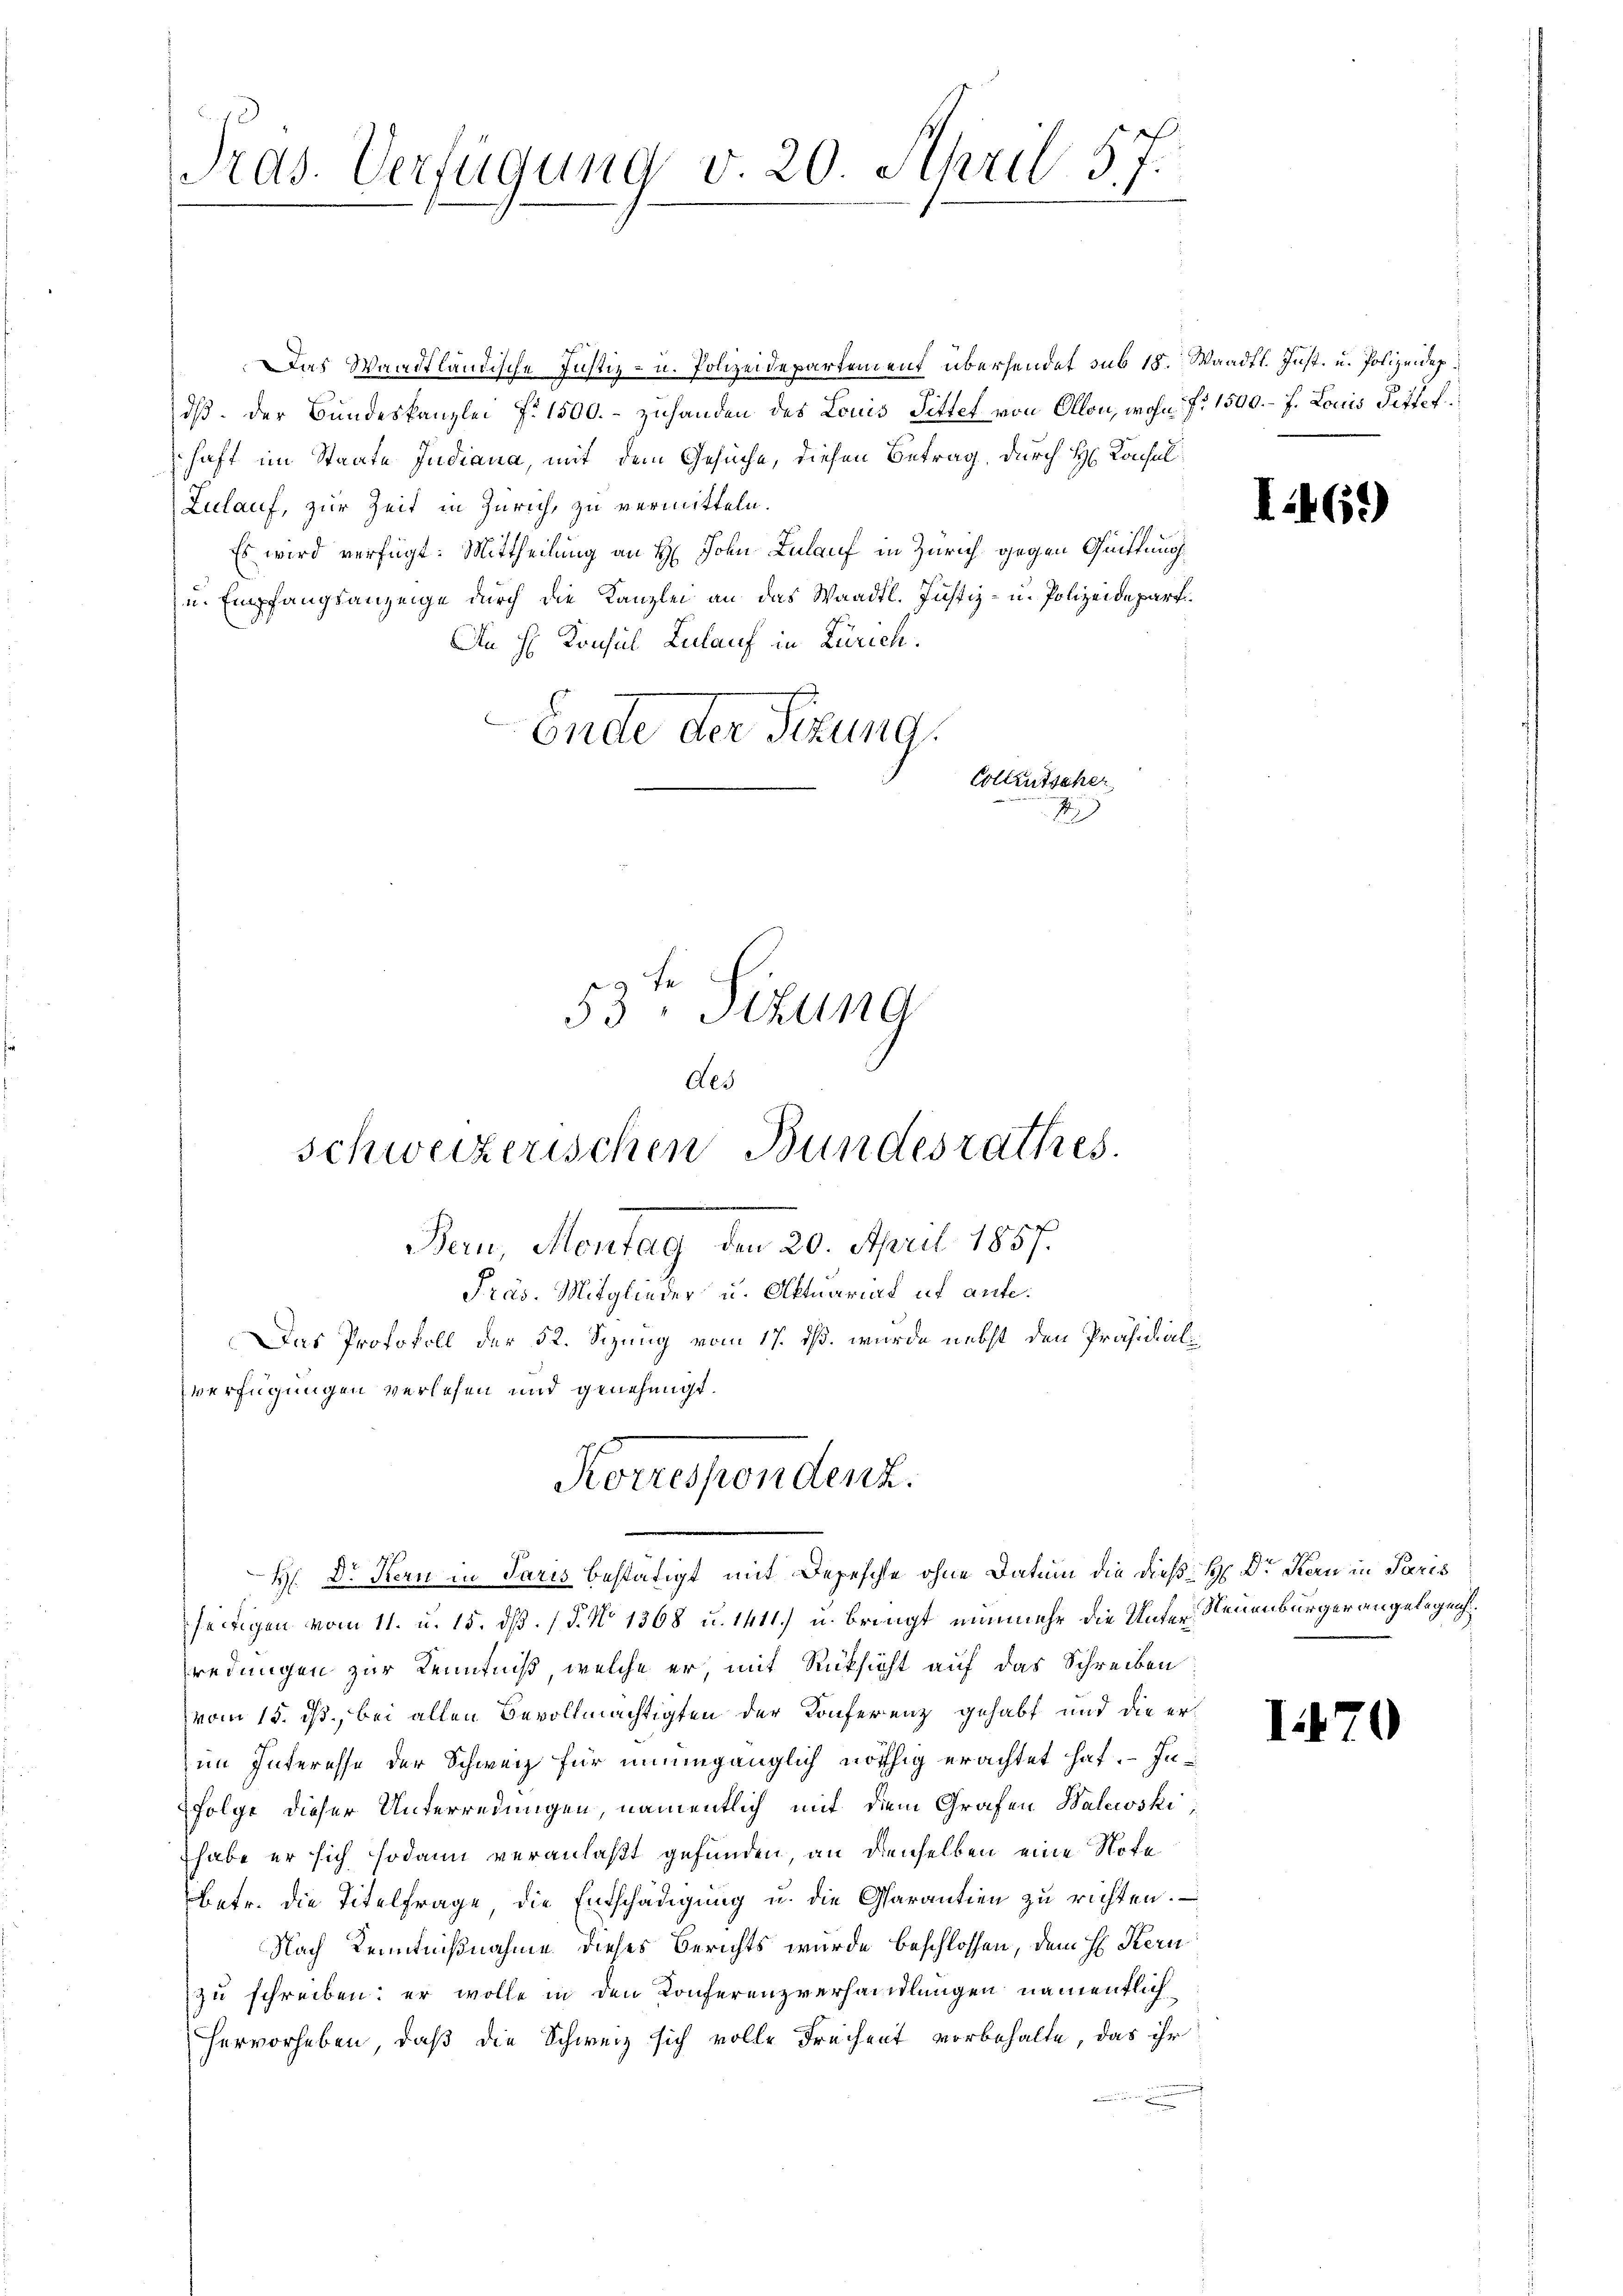
Pras. Verfügung v. 20. April 57.

Das Waadtländische Justiz- u. Polizeidepartement übersendet sub 18. Waadt. Just. u. Polizeidep
dß. Der Bundeskanzlei f. 1500.- zuhanden des Louis Sittel von Allon, wohn fr. 1500. – 7. Louis Pitter
haft im Staate Judiana, mit dem Gesuche, diesen Betrag, durch H. Konsul
Zulauf, zur Zeit in Zürich, zu vermitteln.
Es wird verfügt: Mittheilung an H. John Zulauf in Zürich gegen Quittung
u. Empfangsanzeige durch die Kanzlei an das Waadt. Justiz- u. Polizeidepart
An H. Konsul Lulauf in Zürich.
Endte der Sitzung.
Colleutsche
J
53. Sizung

.

verfügungen verlesen und genehmigt.

Als
schweizerischen Bundesrathes.
Bern, Montag den 20. April 1857.
Präs. Mitglieder u. Aktuariat ut ante.
Das Protokoll der 52. Sizung vom 17. ds. wurde nebst den Präsidial¬

Korrespendenz.
H. Dr Kern in Paris bestätigt mit Depesche ohne Datum die dieß H. Dr Kern in Paris

seitigen vom 11. u. 15. dß. / 5. No 1368 u. 1411) u. bringt nunmehr die Unter Neuenburger angelegen
redungen zur Kenntniß, welche er, mit Rücksicht auf das Schreiben
vom 15. ds., bei allen Bevollmächtigten der Konferenz gehabt und die erim Interesse der Schweiz für unumgänglich nöthig erachtet hat. Infolge dieser Unterredungen, namentlich mit diem Grafen Walewski,
habe er sich sodann veranlaßt gefunden, an denselben eine Note
betr. die Titelfrage, die Entschädigŭng u. die Garantien zŭ richten.
Nach Kenntnißnahme dieses Berichts wurde beschlossen, dem H. Kern
zu schreiben: er wolle in den Konferenzverhandlungen namentlich
Hervorheben, daß die Schweiz sich volle Freiheit vorbehalte, das ihr
.

I.469)

I

¬